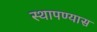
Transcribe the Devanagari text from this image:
स्थापण्यास